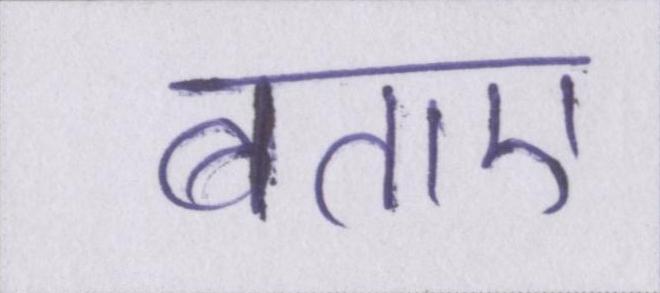
बताए